Vaccination in Bombay 1874-1876 - 1874-1876
Year: 1874
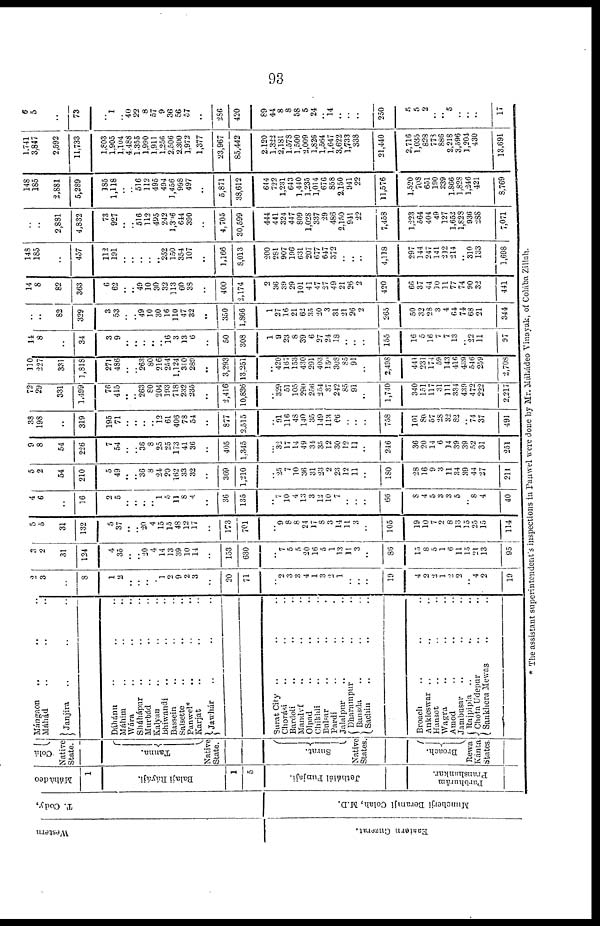
93
Western
Eastern Guzerat.
T. Cody,
Muncherji Beramji Colah, M.D.
Máhádeo
1
Balaji Ráyáji.
1
5
Jethálál Punjaji.
Parbhurám
Pranshankar.
Colá
Native
State.
Tanna.
Native
State.
Surat.
Native
States
Broach.
Rewa
Kánta
States.
Mángaon .. .. ..
Máhád .. .. ..
Janjira .. .. ..
Dáhánu .. .. ..
Máhim .. .. ..
Wára .. .. ..
Sháhápur .. .. ..
Murbád .. .. ..
Kalyan .. .. ..
Bhiwandi .. .. ..
Basseín .. .. ..
Salsette .. .. ..
Panwel* .. .. ..
Karjat .. .. ..
Jawhár
Surat City .. .. ..
Chorási .. .. ..
Bardoli .. .. ..
Mandvf .. .. ..
Olpad .. .. ..
Chikhli .. .. ..
Bulsar .. .. ..
Pardi .. .. ..
Jalalpur .. .. ..
Dharampur .. ..
Bansda .. .. ..
Sachin .. .. ..
Broach .. .. ..
Ankleswar .. .. ..
Hansot .. .. ..
Wagra .. .. ..
Amod .. .. ..
Jambusar .. .. ..
Rajpipla .. .. ..
Chota Udepur .. ..
Sankhera Mewas .. ..
2
3
..
8
1
2
..
..
..
..
1
2
9
2
3
..
20
71
..
2
3
3
4
1
3
2
1
..
..
..
19
4
2
2
1
2
2
..
4
2
19
3
2
31
124
4
35
..
..
20
4
14
13
39
10
14
..
153
630
..
7
5
5
20
16
5
1
13
11
3
..
86
15
8
5
1
6
11
15
21
13
95
5
5
31
132
5
37
..
..
20
4
15
15
48
12
17
..
173
701
..
9
8
8
24
17
8
3
14
11
3
..
105
19
10
7
2
8
13
15
25
15
114
4
6
..
16
2
5
..
..
..
..
1
5
11
8
4
..
36
135
..
7
10
4
13
3
12
10
7
..
..
..
66
8
4
5
3
3
5
..
8
4
40
5
2
54
210
5
49
..
..
36
8
24
20
162
33
32
..
369
1,210
..
25
7
10
36
31
23
2
23
12
11
..
180
28
16
9
3
11
34
39
44
27
211
9
8
54
226
7
54
..
..
36
8
25
25
173
41
36
..
405
1,345
..
32
17
14
49
34
35
12
30
12
11
..
246
36
20
14
6
14
39
39
52
31
251
38
198
..
319
195
71
..
..
..
..
12
61
406
78
54
..
877
2,515
..
91
116
48
140
35
149
113
66
..
..
..
708
101
80
57
28
32
82
..
74
37
491
72
29
331
1,499
76
415
..
..
263
80
204
193
718
232
235
..
2,416
10,836
..
329
51
105
290
256
254
37
242
85
91
..
1,740
340
151
117
31
111
334
439
472
222
2,217
110
227
331
1,818
271
486
..
..
263
80
216
254
1,124
310
289
..
3,293
13,251
..
420
167
153
430
291
403
150
308
85
91
..
2,498
441
231
174
59
143
416
439
546
259
2,708
14
8
..
34
3
9
..
..
..
..
..
16
3 13
6
..
50
308
1
9
23
8
39
6
27
24
18
..
..
..
155
16
5
16
7
7
13
..
22
11
97
..
..
82
329
3
53
..
..
49
10
30
16
110 47
32
..
350
1,866
1
27
16
21
62
35
20
3
31
21
26
2
265
50
32
28
3
4
64
74
68
21
344
14
8
82
363
6
62
..
..
49
10
30
32
113
60
38
..
400
2,174
2
36
39
29
101
41
47
27
49
21
26
2
420
66
37
44
10
11
77
74
90
32
441
148
185
..
457
112
191
..
..
..
..
..
252
150
354
107
..
1,166
8,013
200
281
907
196
631
207
677
647
372
..
..
..
4,118
297
144
247
141
212
214
..
310
133
1,698
..
..
2,881
4,832
73
927
..
..
516
112
495
242
1,306
644
390
..
4,705
30,599
444
441
324
447
809
1,028
337
29
486
2,150
941
22
7,458
1,223
564
404
49
127
1,652
1,828
936
288
7,071
148
185
2,881
5,289
185
1,118
..
..
516
112
495
494
1,456
998
497
..
5,871
38,612
644
722
1,231
643
1,440
1,235
1,014
676
858
2,150
941
22
11,576
1,520
708
651
190 339
1,866
1,828
1,246
421
8,769
1,741
3,847
2,592
11,733
1,803
1,905
1,104
4,488
1,355
1,990
1,911
1,256
2,506
2,300
1,972
1,377
23,967
85,442
2,120
1,322
2,181
1,578
1,500
2,009
1,826
1,564
1,647
3,622
1,733
338
21,440
2,716
1,035
828
778
886
2,218
3,596
1,204
430
13,691
6
5
..
73
..
1
..
40
22
8
57
9
36
56
57
..
286
420
89
44
8
8
58
5
24
..
14
..
..
..
250
5
5
2
..
..
5
..
..
..
17
* The assistant superintendent's inspections in Panwel were done by Mr. Máhádeo Vinayak, of Colába Zillah.